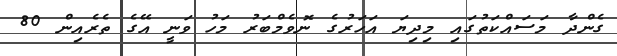
ގެންދާ މަސައްކަތުގައި މިދިޔަ އަހަރުގެ ނޮވެމްބަރު މަހު ވަނީ އޭގެ ތެރެއިން 80